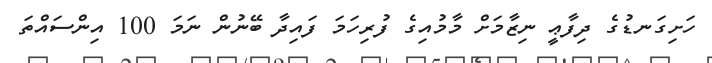
ހަށިގަނޑުގެ ދިފާޢީ ނިޒާމަށް މާމުއިގެ ފުރިހަމަ ފައިދާ ބޭނުން ނަމަ 100 އިންސައްތަ